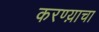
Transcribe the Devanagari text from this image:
करण्य़ाचा